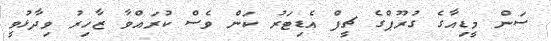
ސަން މީޑިއާގެ ގުރޫޕްގެ ޗީފް އެޑިޓަރު ކަން ވެސް ކުރައްވާ ޒާހިރު ވިދާޅުވީ